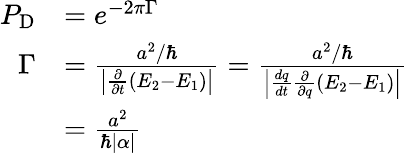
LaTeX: {\begin{array}{rl}{P_{\mathrm{{D}}}}&{=e^{-2\pi\Gamma}}\\ {\Gamma}&{={\frac{a^{2}/\hbar}{\left|{\frac{\partial}{\partial t}}(E_{2}-E_{1})\right|}}={\frac{a^{2}/\hbar}{\left|{\frac{dq}{dt}}{\frac{\partial}{\partial q}}(E_{2}-E_{1})\right|}}}\\ &{={\frac{a^{2}}{\hbar|\alpha|}}}\end{array}}